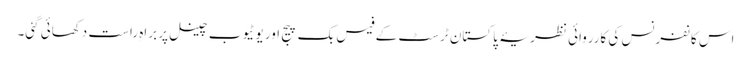
اس کانفرنس کی کارروائی نظریۂ پاکستان ٹرسٹ کے فیس بک پیج اور یوٹیوب چینل پر براہِ راست دکھائی گئی۔